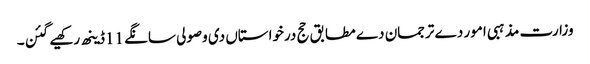
وزارت مذہبی امور دے ترجمان دے مطابق حج درخواستاں دی وصولی سانگے 11ڈینھ رکھیے گئن۔